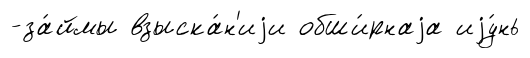
-за́ймы взыска́н'иjи обши́рнаjа иjу́нь